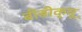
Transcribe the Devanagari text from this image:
बीबीक्यू